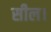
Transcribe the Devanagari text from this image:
सील।